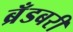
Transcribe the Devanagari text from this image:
ब्रँडबरी